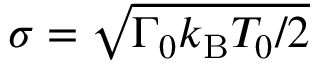
\sigma = \sqrt { { \Gamma _ { 0 } k _ { \mathrm { B } } T _ { 0 } } / { 2 } }